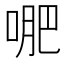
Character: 𭈙